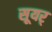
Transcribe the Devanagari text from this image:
सूयर्